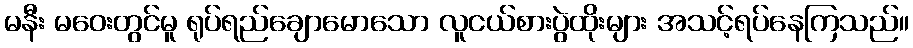
မနီး မဝေးတွင်မူ ရုပ်ရည်ချောမောသော လူငယ်စားပွဲထိုးများ အသင့်ရပ်နေကြသည်။